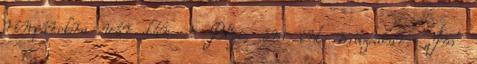
rímpárokra vár tán. - Bőgi, ám int múzsakar: „Ím’